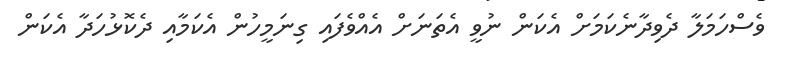
ވެސްހަމަލާ ދެވިދާނެކަމަށް އެކަން ނުވީ އެތަނަށް އެއްވެފައި ގިނަމީހުން އެކަމާއި ދެކޮޅުހަދާ އެކަން